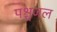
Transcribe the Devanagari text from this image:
पश्चजल